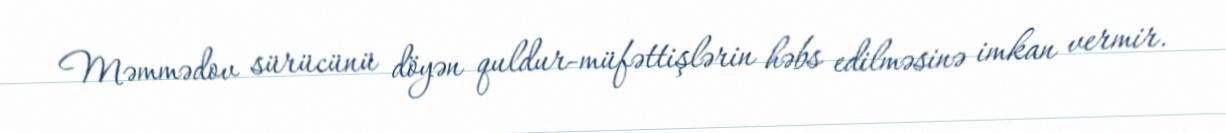
Məmmədov sürücünü döyən quldur-müfəttişlərin həbs edilməsinə imkan vermir.